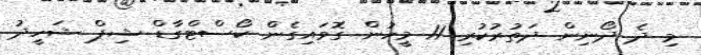
މި ދެ ދޯނިން ދަތުރުކުރި 11 މީހުން ގޮވައިގެން ކޯސްޓްގާޑް ޝިޕް ޝަހީދު